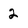
Character: 2